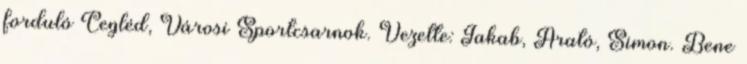
forduló Cegléd, Városi Sportcsarnok. Vezette: Jakab, Arató, Simon. Bene